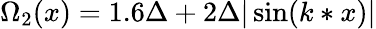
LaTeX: \Omega_{2}(x)=1.6\Delta+2\Delta|\sin(k*x)|